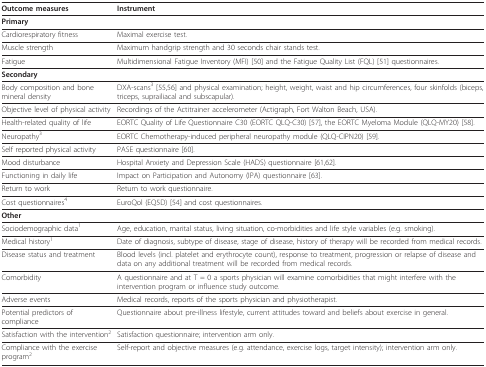
<table><thead><tr><td><b>Outcome measures</b></td><td><b>Instrument</b></td></tr></thead><tbody><tr><td><b>Primary</b></td><td></td></tr><tr><td>Cardiorespiratory fitness</td><td>Maximal exercise test.</td></tr><tr><td>Muscle strength</td><td>Maximum handgrip strength and 30 seconds chair stands test.</td></tr><tr><td>Fatigue</td><td>Multidimensional Fatigue Inventory (MFI) [50] and the Fatigue Quality List (FQL) [51] questionnaires.</td></tr><tr><td><b>Secondary</b></td><td></td></tr><tr><td>Body composition and bone mineral density</td><td>DXA-scans<sup>3 </sup>[55,56] and physical examination; height, weight, waist and hip circumferences, four skinfolds (biceps, triceps, suprailiacal and subscapular).</td></tr><tr><td>Objective level of physical activity</td><td>Recordings of the Actitrainer accelerometer (Actigraph, Fort Walton Beach, USA).</td></tr><tr><td>Health-related quality of life</td><td>EORTC Quality of Life Questionnaire C30 (EORTC QLQ-C30) [57], the EORTC Myeloma Module (QLQ-MY20) [58].</td></tr><tr><td>Neuropathy<sup>3</sup></td><td>EORTC Chemotherapy-induced peripheral neuropathy module (QLQ-CIPN20) [59].</td></tr><tr><td>Self reported physical activity</td><td>PASE questionnaire [60].</td></tr><tr><td>Mood disturbance</td><td>Hospital Anxiety and Depression Scale (HADS) questionnaire [61,62].</td></tr><tr><td>Functioning in daily life</td><td>Impact on Participation and Autonomy (IPA) questionnaire [63].</td></tr><tr><td>Return to work</td><td>Return to work questionnaire.</td></tr><tr><td>Cost questionnaires<sup>4</sup></td><td>EuroQol (EQ5D) [54] and cost questionnaires.</td></tr><tr><td><b>Other</b></td><td></td></tr><tr><td>Sociodemographic data<sup>1</sup></td><td>Age, education, marital status, living situation, co-morbidities and life style variables (e.g. smoking).</td></tr><tr><td>Medical history<sup>1</sup></td><td>Date of diagnosis, subtype of disease, stage of disease, history of therapy will be recorded from medical records.</td></tr><tr><td>Disease status and treatment</td><td>Blood levels (incl. platelet and erythrocyte count), response to treatment, progression or relapse of disease and data on any additional treatment will be recorded from medical records.</td></tr><tr><td>Comorbidity</td><td>A questionnaire and at T = 0 a sports physician will examine comorbidities that might interfere with the intervention program or influence study outcome.</td></tr><tr><td>Adverse events</td><td>Medical records, reports of the sports physician and physiotherapist.</td></tr><tr><td>Potential predictors of compliance</td><td>Questionnaire about pre-illness lifestyle, current attitudes toward and beliefs about exercise in general.</td></tr><tr><td>Satisfaction with the intervention<sup>2</sup></td><td>Satisfaction questionnaire; intervention arm only.</td></tr><tr><td>Compliance with the exercise program<sup>2</sup></td><td>Self-report and objective measures (e.g. attendance, exercise logs, target intensity); intervention arm only.</td></tr></tbody></table>